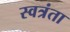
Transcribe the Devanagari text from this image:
स्वत्रंता